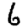
Digit: 6